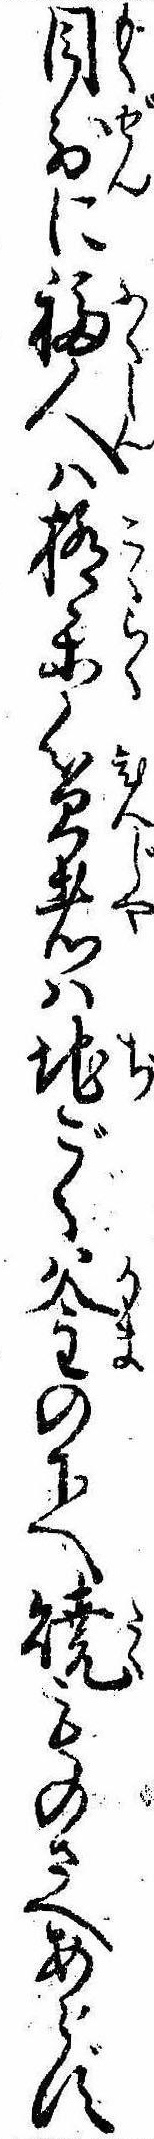
目前に福人は極楽貧者は地ごく釜の下へ焼ものさへあらず